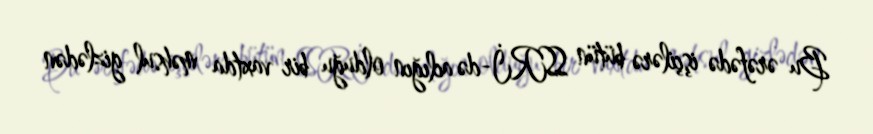
Bu ərəfədə işçilərə bütün SSRİ-də aclığın olduğu bir vaxtda məhsul gizlədən